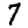
Digit: 7